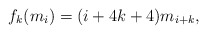
\begin{align*}f_k(m_i)=(i+4k+4)m_{i+k},\end{align*}